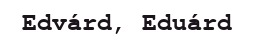
Edvárd, Eduárd